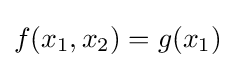
{\textstyle f(x_{1},x_{2})=g(x_{1})}